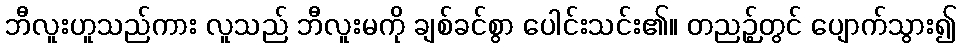
ဘီလူးဟူသည်ကား လူသည် ဘီလူးမကို ချစ်ခင်စွာ ပေါင်းသင်း၏။ တညဉ့်တွင် ပျောက်သွား၍